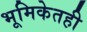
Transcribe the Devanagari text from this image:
भूमिकेतही